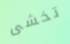
تخشى